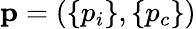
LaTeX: {\mathbf p}=(\{ p_{i}\} ,\{ p_{c}\} )